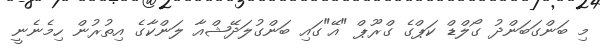
މި ބަންގަބަންދު ގޯލްޑް ކަޕްގެ ގްރޫޕް "އޭ"ގައި ބަންގުލަދޭޝްއާ ލަންކާގެ އިތުރުން ހިމެނެނީ